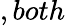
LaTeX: ,both